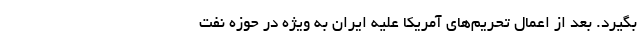
بگیرد. بعد از اعمال تحریم‌های آمریکا علیه ایران به ویژه در حوزه نفت